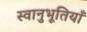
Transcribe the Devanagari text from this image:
स्वानुभूतियाँ